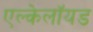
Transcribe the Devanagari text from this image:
एल्केलॉयड